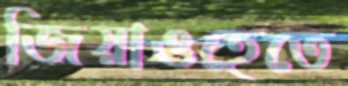
জিয়াওহেতে